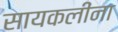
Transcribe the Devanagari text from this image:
सायकलींना